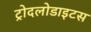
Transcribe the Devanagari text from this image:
ट्रोदलोडाइटस